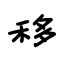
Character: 移